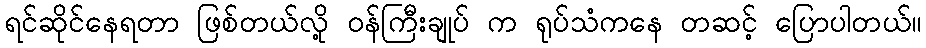
ရင်ဆိုင်နေရတာ ဖြစ်တယ်လို့ ဝန်ကြီးချုပ် က ရုပ်သံကနေ တဆင့် ပြောပါတယ်။